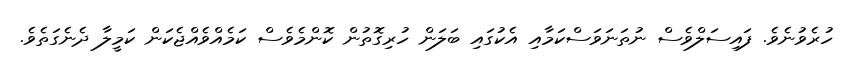
ހުރެވުނެވެ. ފައިސަލްވެސް ނުތަނަވަސްކަމާއި އެކުގައި ބަލަން ހުރިގޮތުން ކޮންމެވެސް ކަމެއްވެއްޖެކަން ކަމީލާ ދެނެގަތެވެ.